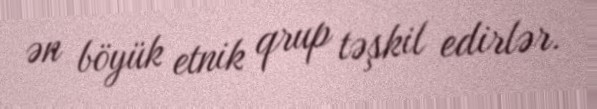
ən böyük etnik qrup təşkil edirlər.